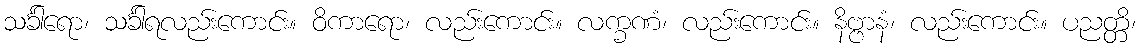
သင်္ခါရော၊ သင်္ခါရလည်းကောင်း။ ဝိကာရော၊ လည်းကောင်း။ လက္ခဏံ၊ လည်းကောင်း။ နိဗ္ဗာနံ၊ လည်းကောင်း။ ပညတ္တိ၊